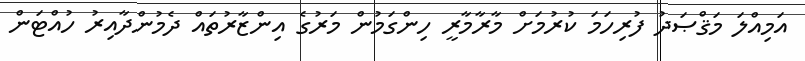
އަމިއްލަ މަޤްޞަދު ފުރިހަމަ ކުރުމަށް މާރާމާރީ ހިންގަމުން މަރުގެ އިންޒާރުތައް ދެމުންދާއިރު ހުއްޓަން